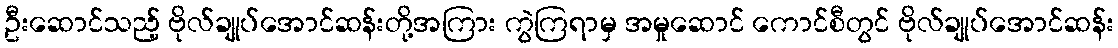
ဦးဆောင်သည့် ဗိုလ်ချုပ်အောင်ဆန်းတို့အကြား ကွဲကြရာမှ အမှုဆောင် ကောင်စီတွင် ဗိုလ်ချုပ်အောင်ဆန်း